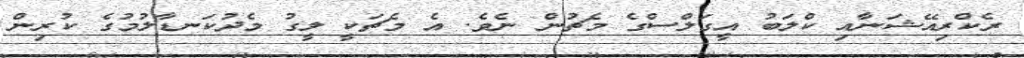
ރެކްރިއޭޝަނާއި ކްލަބު އީގަލްސްގެ މެޗުން ނެވެ. އެ މެޗަކީ ލީގު މެދުކަނޑާލުމުގެ ކުރިން